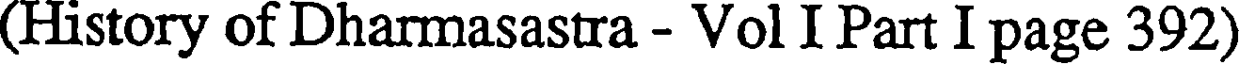
(History of Dharmasastra - Vol I Part I page 392)